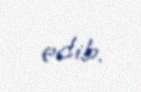
edib.